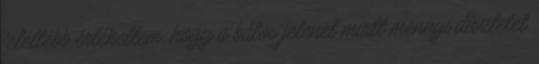
felettébb értékeltem, hogy a bálos jelenet miatt mennyi díszletet